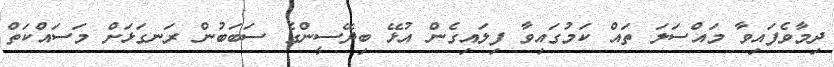
ދިމާވެފައިވާ މައްސަލަ ތައް ކަމުގައިވާ ފިލައިގެން އުޅޭ ބިދޭސީންގެ ސަބަބުން ރަނގަޅަށް މަސައްކަތް